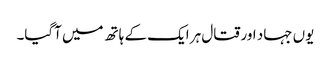
یوں جہاد اور قتال ہر ایک کے ہاتھ میں آگیا۔